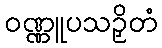
ဝဏ္ဏူပသဉှိတံ